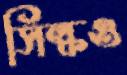
সিল্কও